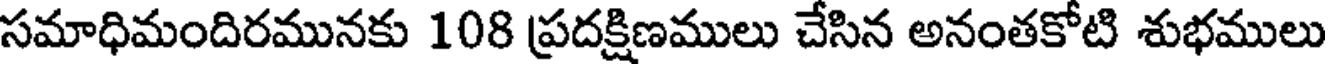
సమాధిమందిరమునకు 108 ప్రదక్షిణములు చేసిన అనంతకోటి శుభములు